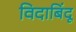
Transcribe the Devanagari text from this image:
विदाबिंदू